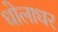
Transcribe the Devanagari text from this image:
धोलाधर